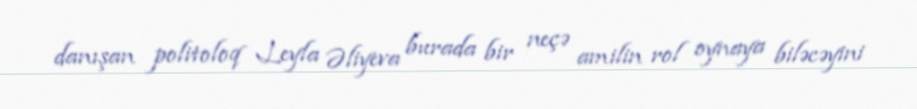
danışan politoloq Leyla Əliyeva burada bir neçə amilin rol oynaya biləcəyini